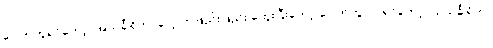
ပေါက်ကွဲရင်တော့ ‘အသင်္ခါရိက’ ပေါ့၊ တဖြည်းဖြည်း တွေးပြီးတော့ ပေါက်ကွဲလာရင်တော့ ‘သသင်္ခါရိက’